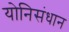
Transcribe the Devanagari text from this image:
योनिसंधान